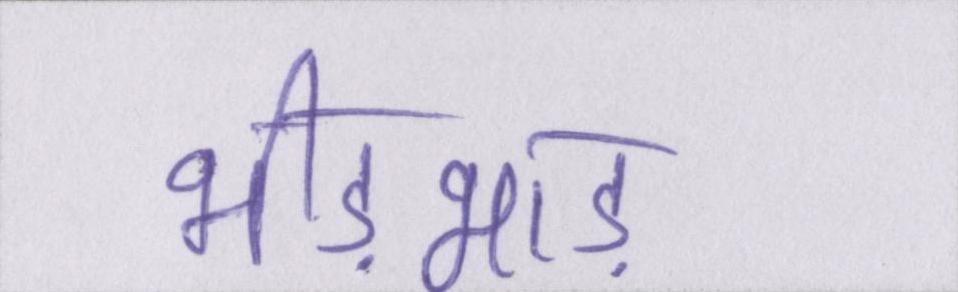
भीड़भाड़